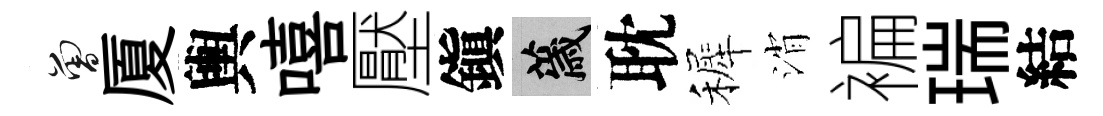
曾厦輿嘻壓鎭薉耽裤消褊瑞結